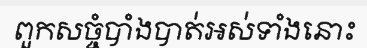
ពួកសច្ចំបាំងបាត់អស់ទាំងនោះ